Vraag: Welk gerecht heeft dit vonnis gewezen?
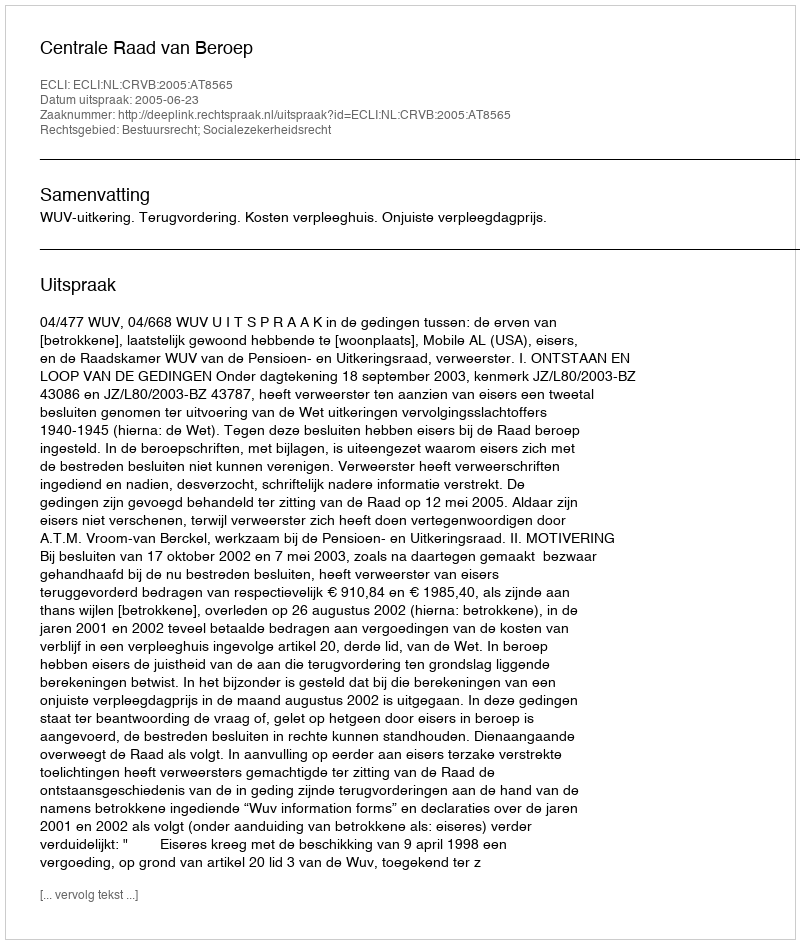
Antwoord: Centrale Raad van Beroep